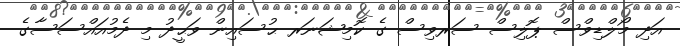
އަދި މޯލްޑިވްސް ޕޮލިސް ސަރވިސް ގެ ކޮމިޝަނަރ ޙުސައިން ވަޙީދު މި ދެމުއައްސަސާގެ